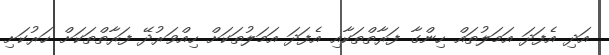
އަދި އެފަދަ އަމަލުތައް ހިންގާ ފަރާތްތަކާއި އެފަދަ އަމަލުތަކަށް ހިއްވަރުދޭ ފަރާތްތަކަށް ހަރުކަށި